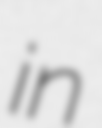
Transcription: in